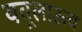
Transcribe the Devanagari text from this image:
यवूलाऊच